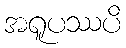
အရူပဿပိ